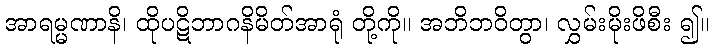
အာရမ္မဏာနိ၊ ထိုပဋိဘာဂနိမိတ်အာရုံ တို့ကို။ အဘိဘဝိတွာ၊ လွှမ်းမိုးဖိစီး ၍။